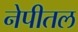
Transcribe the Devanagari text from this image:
नेपीतल